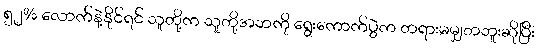
၅၂% လောက်နဲ့နိုင်ရင် သူတို့က သူတို့အဘကို ရွေးကောက်ပွဲက တရားမမျှတဘူးဆိုပြီး